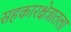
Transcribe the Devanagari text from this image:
सहकारक्षेत्रातला